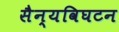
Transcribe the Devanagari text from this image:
सैन्यविघटन